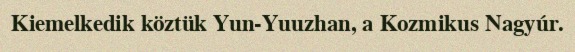
Kiemelkedik köztük Yun-Yuuzhan, a Kozmikus Nagyúr.